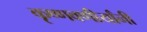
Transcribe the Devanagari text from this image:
कृष्णवणीर्यांनी